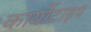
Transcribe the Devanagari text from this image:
कार्योटाइप